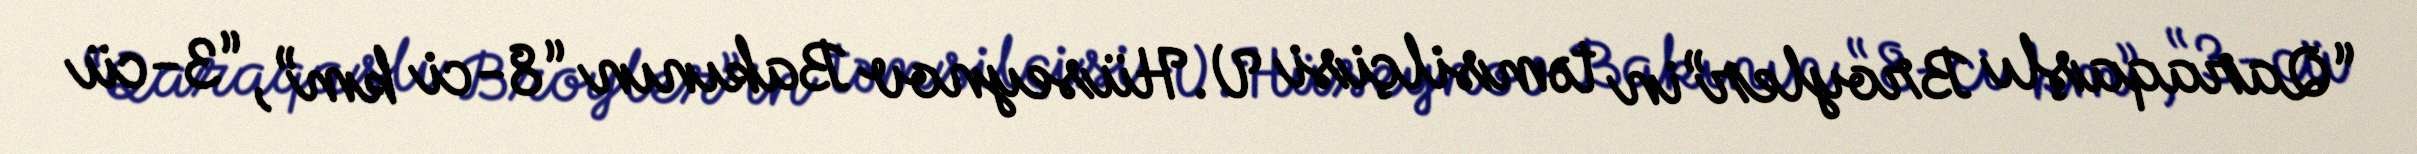
“Qaraqaşlı Broyler”in təmsilçisi V.Hüseynov Bakının “8-ci km”, “3-cü